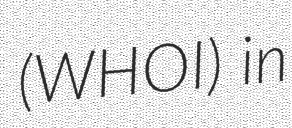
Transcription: (WHOI) in